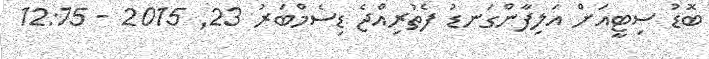
ބޮޑު ސިޓީއަށް އަލިފާންގަނޑު ފެތުރިއްޖެ ޑިސެމްބަރު 23